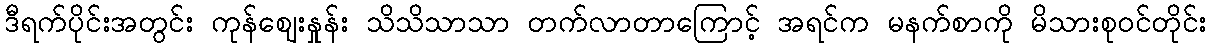
ဒီရက်ပိုင်းအတွင်း ကုန်ဈေးနှုန်း သိသိသာသာ တက်လာတာကြောင့် အရင်က မနက်စာကို မိသားစုဝင်တိုင်း